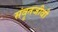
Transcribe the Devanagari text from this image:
संवृतजीवी